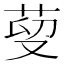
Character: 𦰑